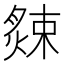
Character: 𦠁